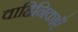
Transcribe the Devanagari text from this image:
वाहिनिकाएँ